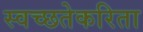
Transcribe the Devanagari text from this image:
स्वच्छतेकरिता